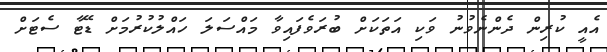
އެއީ ކުރިން ދެންނެވުނު ވަކި އަތަކަށް ބުރަވެފައިވާ މައްސަލަ ހައްލުކުރުމަށް ޑޭޓާ ސެޓަށް